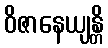
ဝိဇာနေယျန္တိ